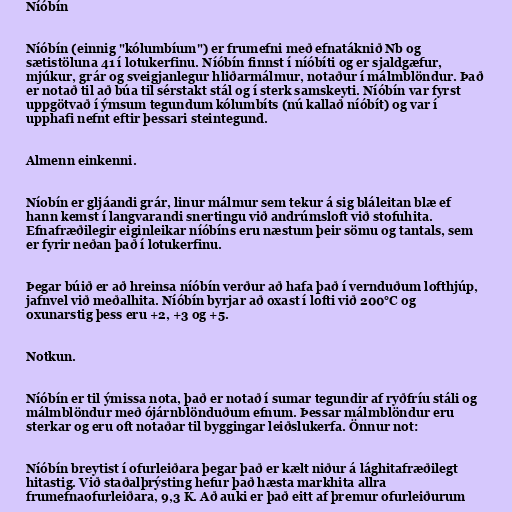
Níóbín

Níóbín (einnig "kólumbíum") er frumefni með efnatáknið Nb og
sætistöluna 41 í lotukerfinu. Níóbín finnst í níóbíti og er sjaldgæfur,
mjúkur, grár og sveigjanlegur hliðarmálmur, notaður í málmblöndur. Það
er notað til að búa til sérstakt stál og í sterk samskeyti. Níóbín var fyrst
uppgötvað í ýmsum tegundum kólumbíts (nú kallað níóbít) og var í
upphafi nefnt eftir þessari steintegund.

Almenn einkenni.

Níobín er gljáandi grár, linur málmur sem tekur á sig bláleitan blæ ef
hann kemst í langvarandi snertingu við andrúmsloft við stofuhita.
Efnafræðilegir eiginleikar níóbíns eru næstum þeir sömu og tantals, sem
er fyrir neðan það í lotukerfinu.

Þegar búið er að hreinsa níóbín verður að hafa það í vernduðum lofthjúp,
jafnvel við meðalhita. Níóbín byrjar að oxast í lofti við 200°C og
oxunarstig þess eru +2, +3 og +5.

Notkun.

Níóbín er til ýmissa nota, það er notað í sumar tegundir af ryðfríu stáli og
málmblöndur með ójárnblönduðum efnum. Þessar málmblöndur eru
sterkar og eru oft notaðar til byggingar leiðslukerfa. Önnur not:

Níóbín breytist í ofurleiðara þegar það er kælt niður á lághitafræðilegt
hitastig. Við staðalþrýsting hefur það hæsta markhita allra
frumefnaofurleiðara, 9,3 K. Að auki er það eitt af þremur ofurleiðurum